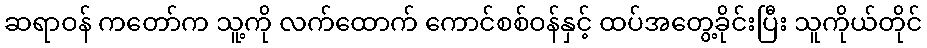
ဆရာဝန် ကတော်က သူ့ကို လက်ထောက် ကောင်စစ်ဝန်နှင့် ထပ်အတွေ့ခိုင်းပြီး သူကိုယ်တိုင်